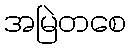
အမြဲတစေ